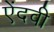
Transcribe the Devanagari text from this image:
ऐंदवी